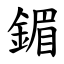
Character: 鎇